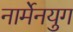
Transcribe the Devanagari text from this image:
नार्मेनयुग